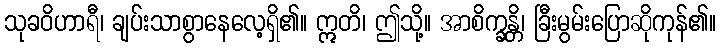
သုခဝိဟာရီ၊ ချပ်းသာစွာနေလေ့ရှိ၏။ ဣတိ၊ ဤသို့။ အာစိက္ခန္တိ၊ ခြီးမွမ်းပြောဆိုကုန်၏။